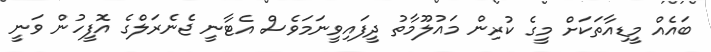
ބައެއް މީޑިއާތަކަށް މީގެ ކުރިން މައުލޫމާތު ދީފައިވީނަމަވެސް އެޓާނީ ޖެނެރަލްގެ އޮފީހުން ވަނީ